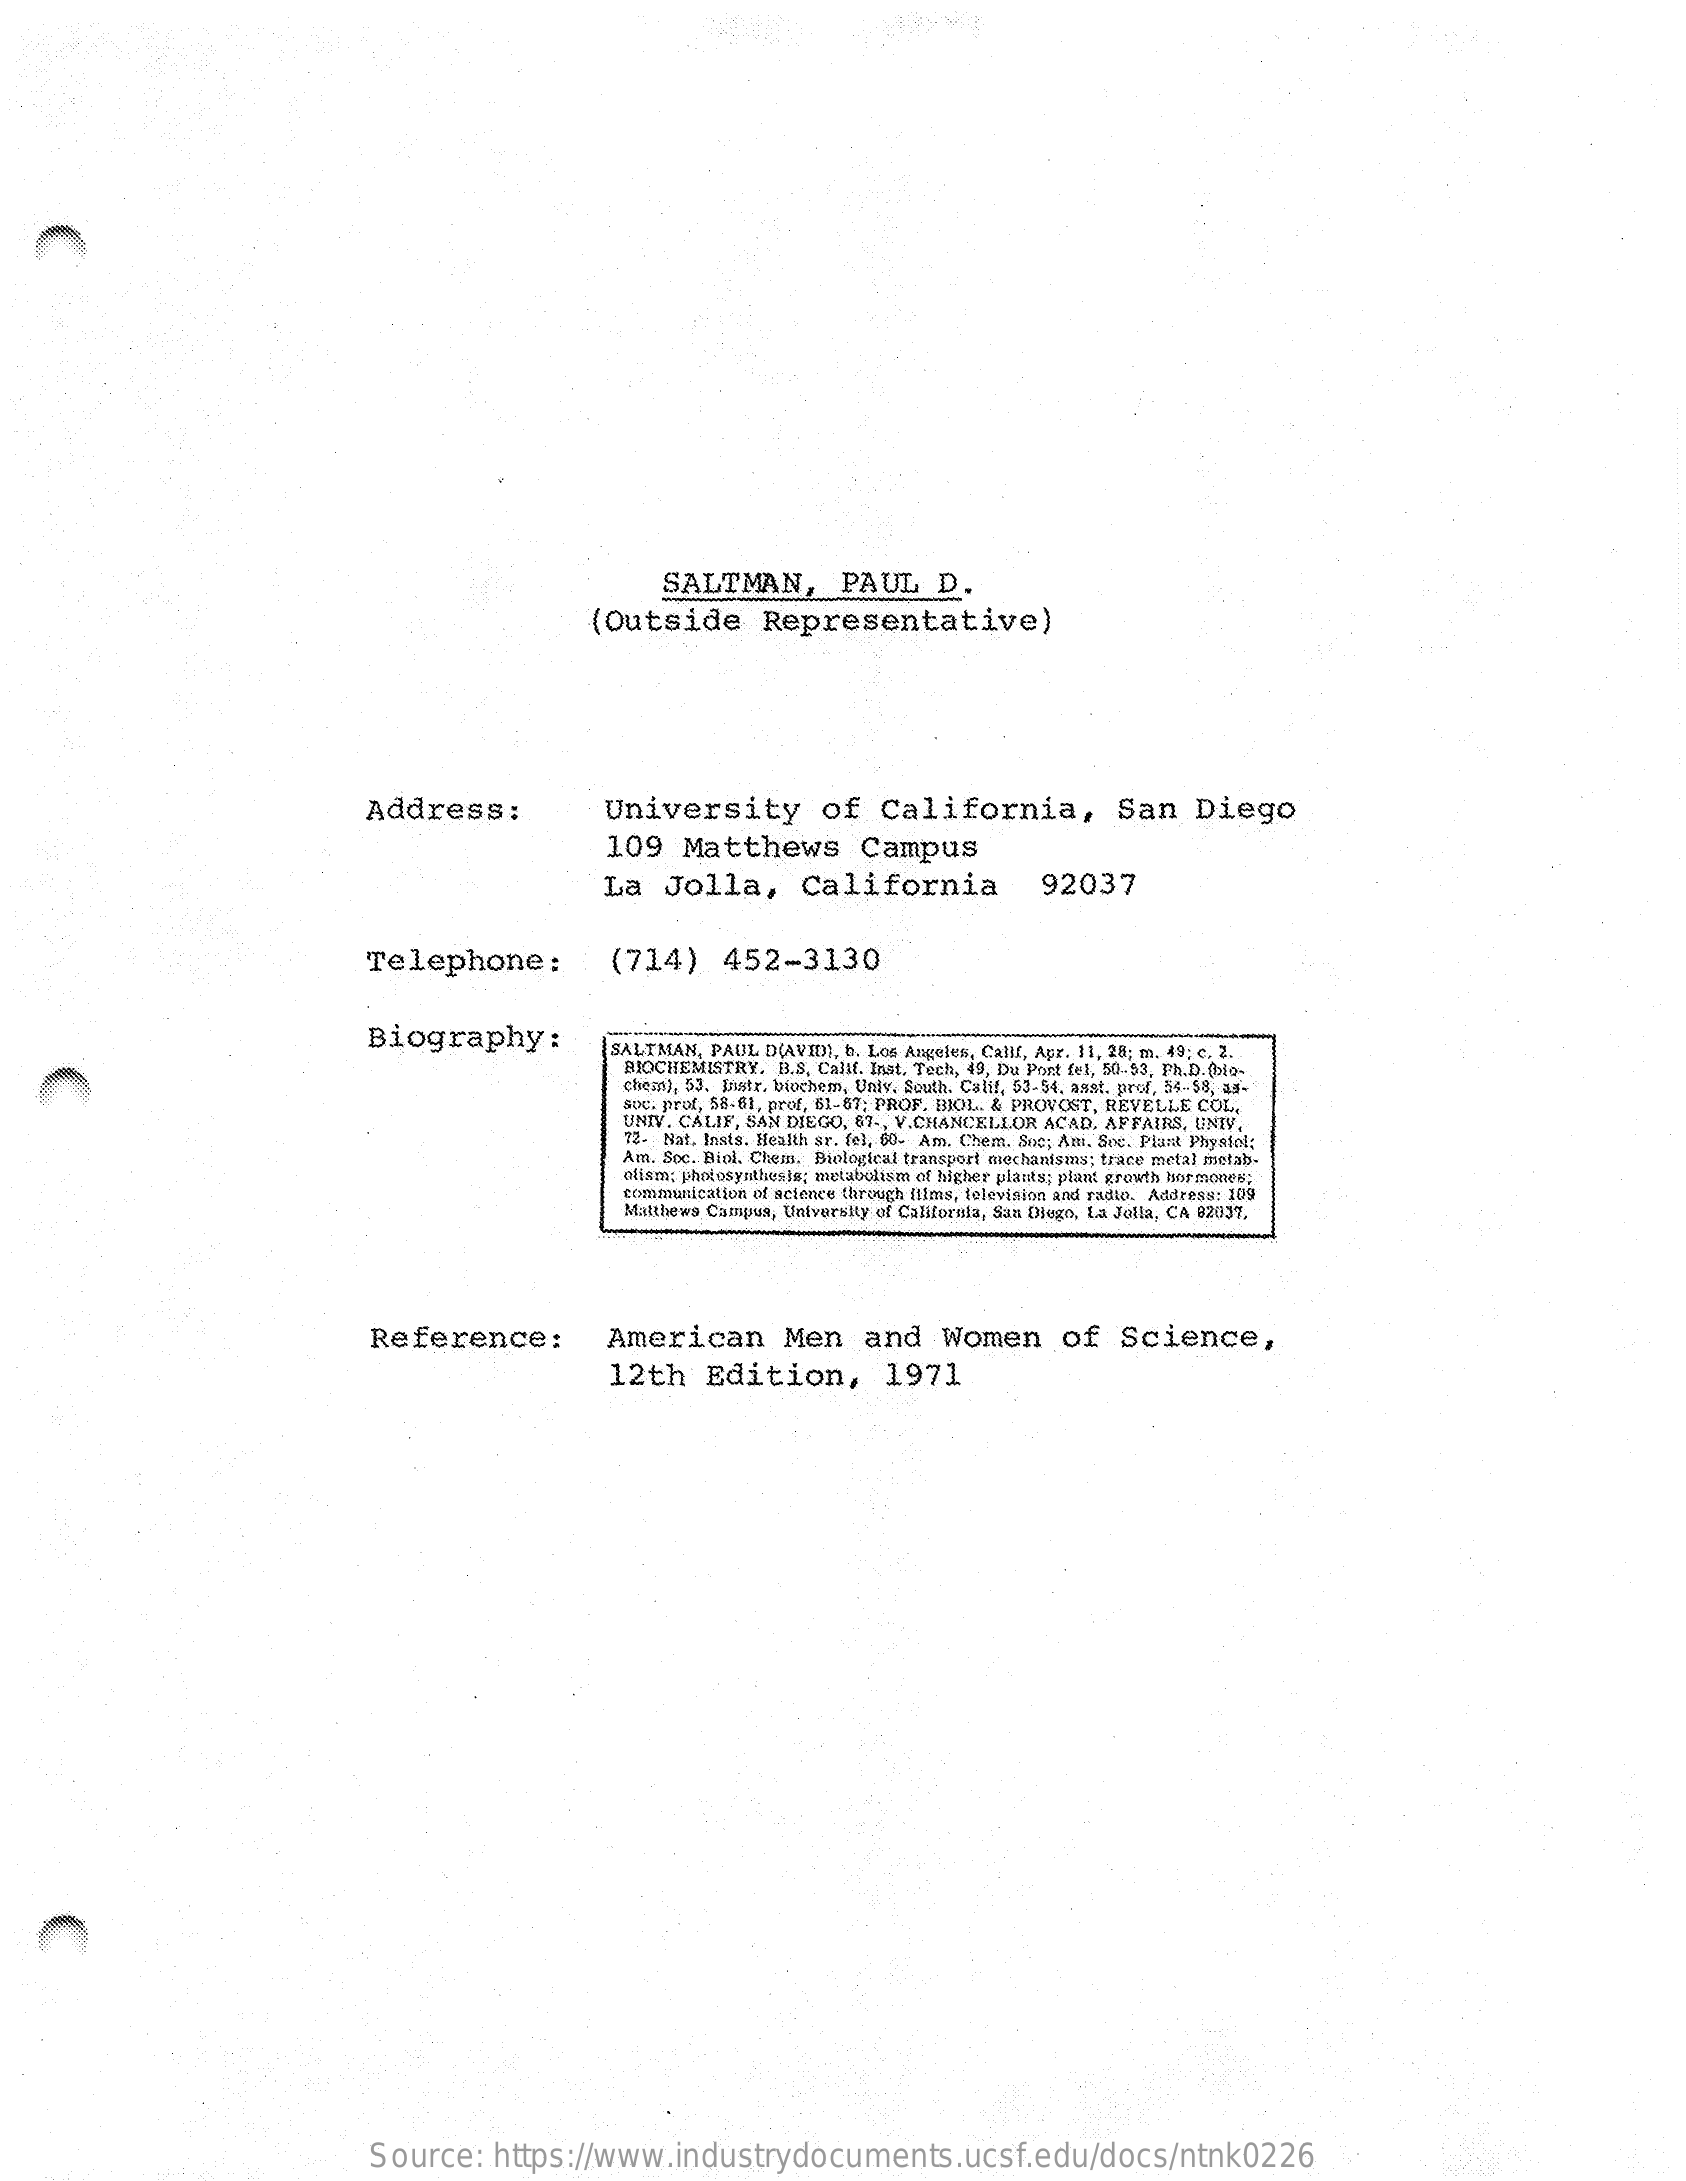
SALTMAN,    PAUL   D.
     (Outside    Representative)
     Address:    University    of   California,    San   Diego
     109  Matthews    Campus
     La   Jolla,    California    92037
     Telephone:    (714)   452-3130
     Biography:    SALTMAN, PAUL D(AVED], 6. Los Angeles, Calif, Apr. 11, 28; m. 49; c. 2.
     BIOCHEMISTRY. B.S. Calif, Inat. Tech, 49, Du Post fel, 50-53, Ph.D. (bio-
     Chem), 53. Instr. biochem, Unly. South. Calif, 53-54. asst. prof, 54-58, 53.
     sou. prof, 58-61, prof, 51-87; PROF. BIOL. & PROVOST, HEVELLE COL,
     UNIV. CALIF, SAN DIEGO, 67 -, V.CHANCELLOR ACAD. AFFAIRS, UNIV.
     12- Nat. Insts. Health sr. fel, 60. Am. Chem. Soc; Ani, See. Plant Physiol;
     Am. Soc. Biol. Chem. Biological transport mechanisms; trace metal metab-
     oliam; photosynthesis; metabolism of higher plants; plant growth hormones;
     communication of science through [Ilms, television and radio, Address: 109
     Matthews Campus, University of California, San Diego, La Jolla, CA 02037,
     Reference:    American    Men   and    Women    of  Science,
     12th   Edition,    1971
     Source:  https://www.industrydocuments.ucsf.edu/docs/ntnk0226